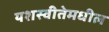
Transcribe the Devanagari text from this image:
यशस्वीतेमधील